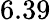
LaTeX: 6.39